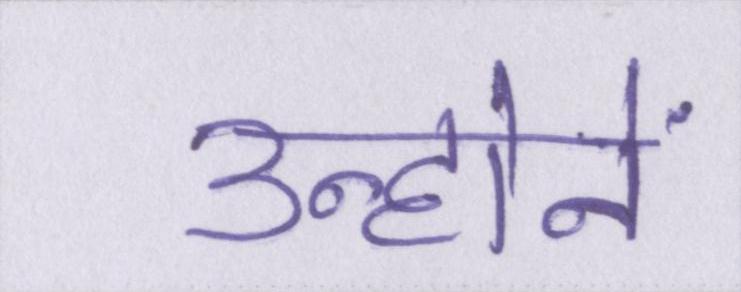
उन्होनें